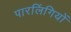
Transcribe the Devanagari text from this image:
पारलिंगियों